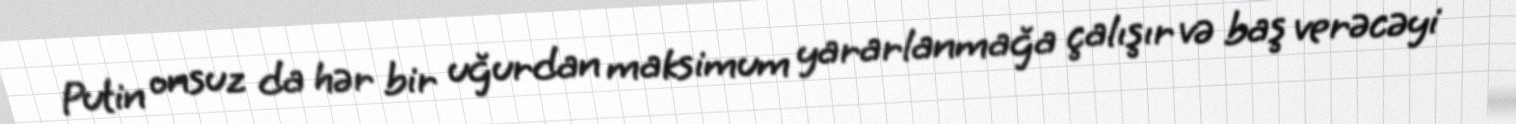
Putin onsuz da hər bir uğurdan maksimum yararlanmağa çalışır və baş verəcəyi